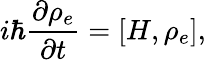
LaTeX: i\hbar\frac{\partial\rho_{e}}{\partial t}=[H,\rho_{e}],